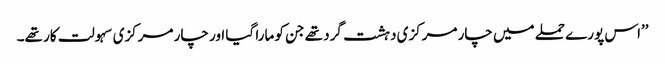
’’اس پورے حملے میں چار مرکزی دہشت گرد تھے جن کو مارا گیا اور چار مرکزی سہولت کار تھے۔